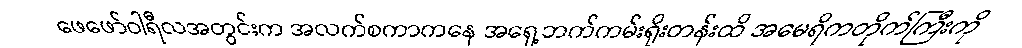
ဖေဖော်ဝါရီလအတွင်းက အလက်စကာကနေ အရှေ့ဘက်ကမ်းရိုးတန်းထိ အမေရိကတိုက်ကြီးကို